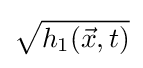
{\sqrt {h_{1}({\vec {x}},t)}}